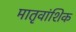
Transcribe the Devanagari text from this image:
मातृवांशिक